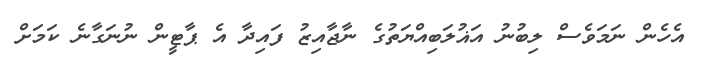
އެހެން ނަމަވެސް ލިބުނު އަޣުލަބިއްޔަތުގެ ނާޖާއިޒު ފައިދާ އެ ޕާޓީން ނުނަގާނެ ކަމަށް